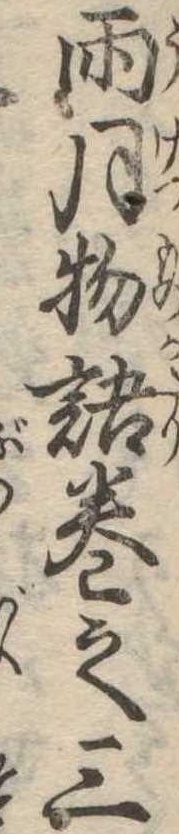
雨月物語巻之三